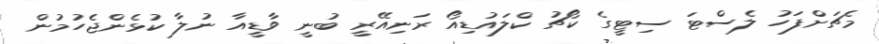
މެޗަށްފަހު ލެސްޓަ ސިޓީގެ ކޯޗު ކްލައުޑިއޯ ރަނިއޭރީ ބުނީ ވާޑީއާ ނުލާ ކުޅެންޖެހުމުން